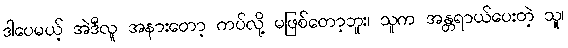
ဒါပေမယ့် အဲဒီလူ အနားတော့ ကပ်လို့ မဖြစ်တော့ဘူး၊ သူက အန္တရာယ်ပေးတဲ့ သူ၊